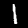
Digit: 1